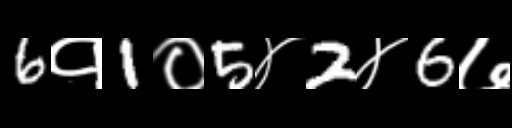
Text: 6१1०5४2४6७